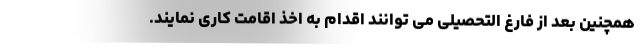
همچنین بعد از فارغ التحصیلی می توانند اقدام به اخذ اقامت کاری نمایند.